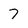
Character: 7